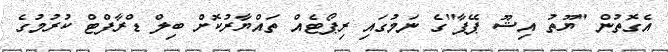
އެގޮތުން "ޔޫތު އިޝޫ ޕޭޕާ"ގެ ނަމުގައި ރިޕޯޓެއް ތައްޔާރުކޮށް ބިލް ޑްރާފްޓް ކުރުމުގެ